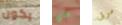
يكون هاي مربى